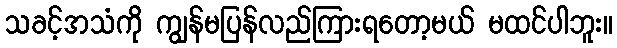
သခင့်အသံကို ကျွန်မပြန်လည်ကြားရတော့မယ် မထင်ပါဘူး။